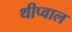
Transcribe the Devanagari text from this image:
थीप्वाल